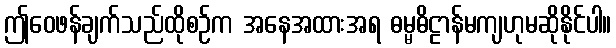
ဤဝေဖန်ချက်သည်ထိုစဉ်က အနေအထားအရ ဓမ္မဓိဠာန်မကျဟုမဆိုနိုင်ပါ။